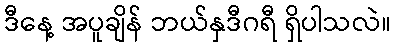
ဒီနေ့ အပူချိန် ဘယ်နှဒီဂရီ ရှိပါသလဲ။